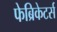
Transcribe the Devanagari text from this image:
फेब्रिकेटर्स